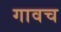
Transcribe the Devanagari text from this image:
गावच